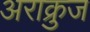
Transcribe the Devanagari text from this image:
अराक्रुज